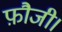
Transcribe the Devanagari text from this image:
फ़ौजी।